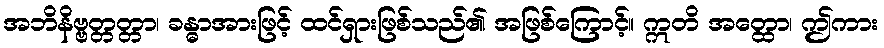
အဘိနိဗ္ဗတ္တတ္တာ၊ ခန္ဓာအားဖြင့် ထင်ရှားဖြစ်သည်၏ အဖြစ်ကြောင့်။ ဣတိ အတ္ထော၊ ဤကား